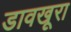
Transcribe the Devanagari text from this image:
डावखूरा